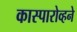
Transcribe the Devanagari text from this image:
कास्पारोव्हने